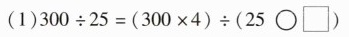
(1)300\div25 =(300\times4)\div(25\bigcirc\square)